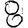
Digit: 8